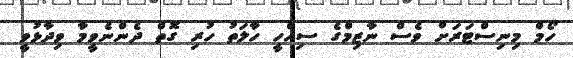
ހޯމް މިނިސްޓަރަށް ވެސް ނާޒިމްގެ ސިއްހީ ހާލަތު ހުރި ގޮތް ދެންނެވީމާ ވިދާޅުވީ